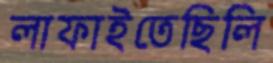
লাফাইতেছিলি